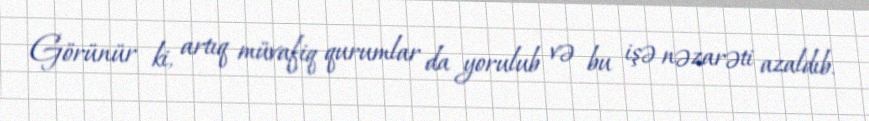
Görünür ki, artıq müvafiq qurumlar da yorulub və bu işə nəzarəti azaldıb.